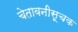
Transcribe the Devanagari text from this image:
चेतावनीसूचक